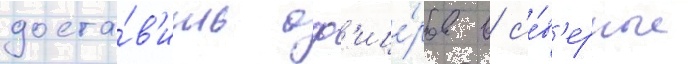
доста́в'ить оф'ице́ров в с'е́в'ерные